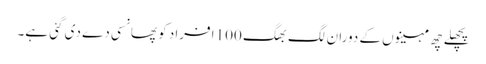
پچھلے چھ مہینوں کے دوران لگ بھگ 100 افراد کو پھانسی دے دی گئی ہے۔